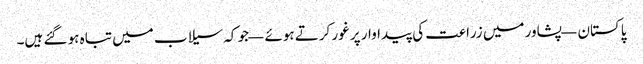
پاکستان — پشاور میں زراعت کی پیداوار پر غور کرتے ہوئے — جو کہ سیلاب میں تباہ ہو گئے ہیں۔